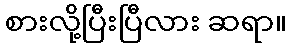
စားလို့ပြီးပြီလား ဆရာ။